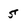
Character: 5